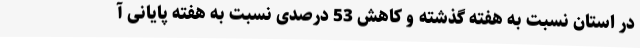
در استان نسبت به هفته گذشته و کاهش 53 درصدی نسبت به هفته پایانی آ